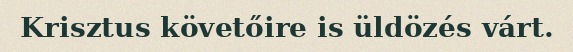
Krisztus követőire is üldözés várt.